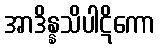
အာဒိန္နသိပါဋိကော